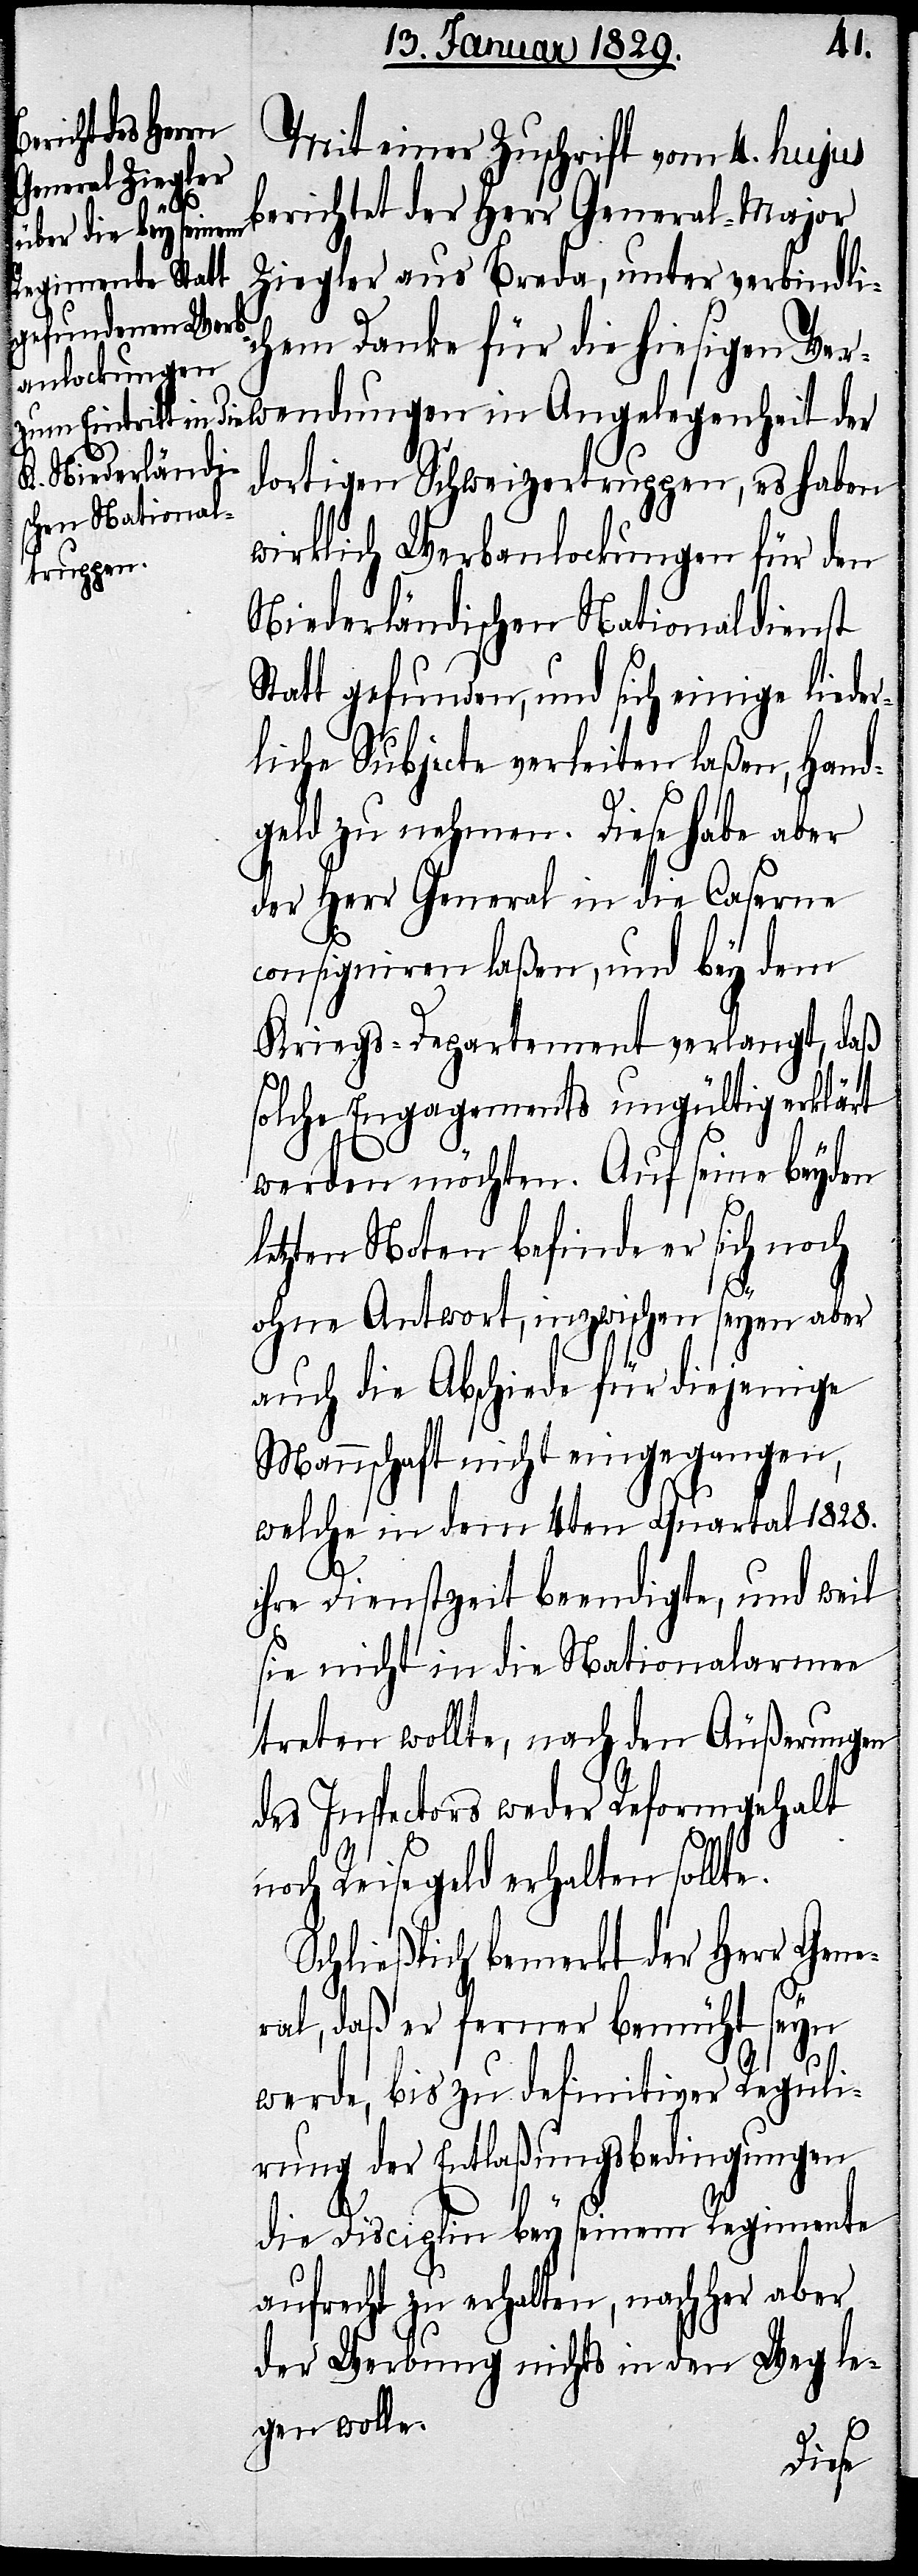
Mit einer Zuschrift vom 4. hujus
berichtet der Herrn General-Major
Ziegler aus Breda, unter verbindli¬
chem Danke für die hiesigen Ver¬
wendungen in Angelegenheit der
dortigen Schweizertruppen, es haben
wirklich Werbanlockungen für den
Niederländischen Nationaldienst
Statt gefunden, und sich einige lieder¬
liche Subjecte verleiten laßen, Hand¬
geld zu nehmen. Diese habe aber
der Herr General in die Caserne
consigniren laßen, und bey dem
Kriegs-Departement verlangt, daß
solche Engagements ungültig erklärt
werden möchten. Auf seine beyden
letzten Noten befinde er sich noch
ohne Antwort, inzwischen seyen aber
auch die Abschiede für diejenige
Mannschaft nicht eingegangen,
welche in dem 4ten Quartal 1828.
ihre Dienstzeit beendigte, und weil
sie nicht in die Nationalarmee
treten wollte, nach den Äußerungen
des Inspectors weder Reformgehalt
noch Reisegeld erhalten sollte.
Schließlich bemerkt der Herr Gene¬
ral, daß er ferner bemüht seyn
werde, bis zu definitiver Reguli¬
rung der Entlaßungsbedingungen
die Disciplin bey seinem Regimente
aufrecht zu erhalten, nachher aber,
der Werbung nicht in den Weg le¬
gen wolle.